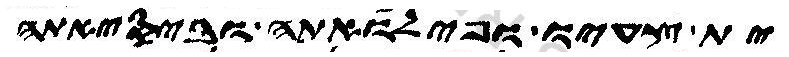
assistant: צעיו ופילואתה וביסיאתה